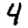
Digit: 4